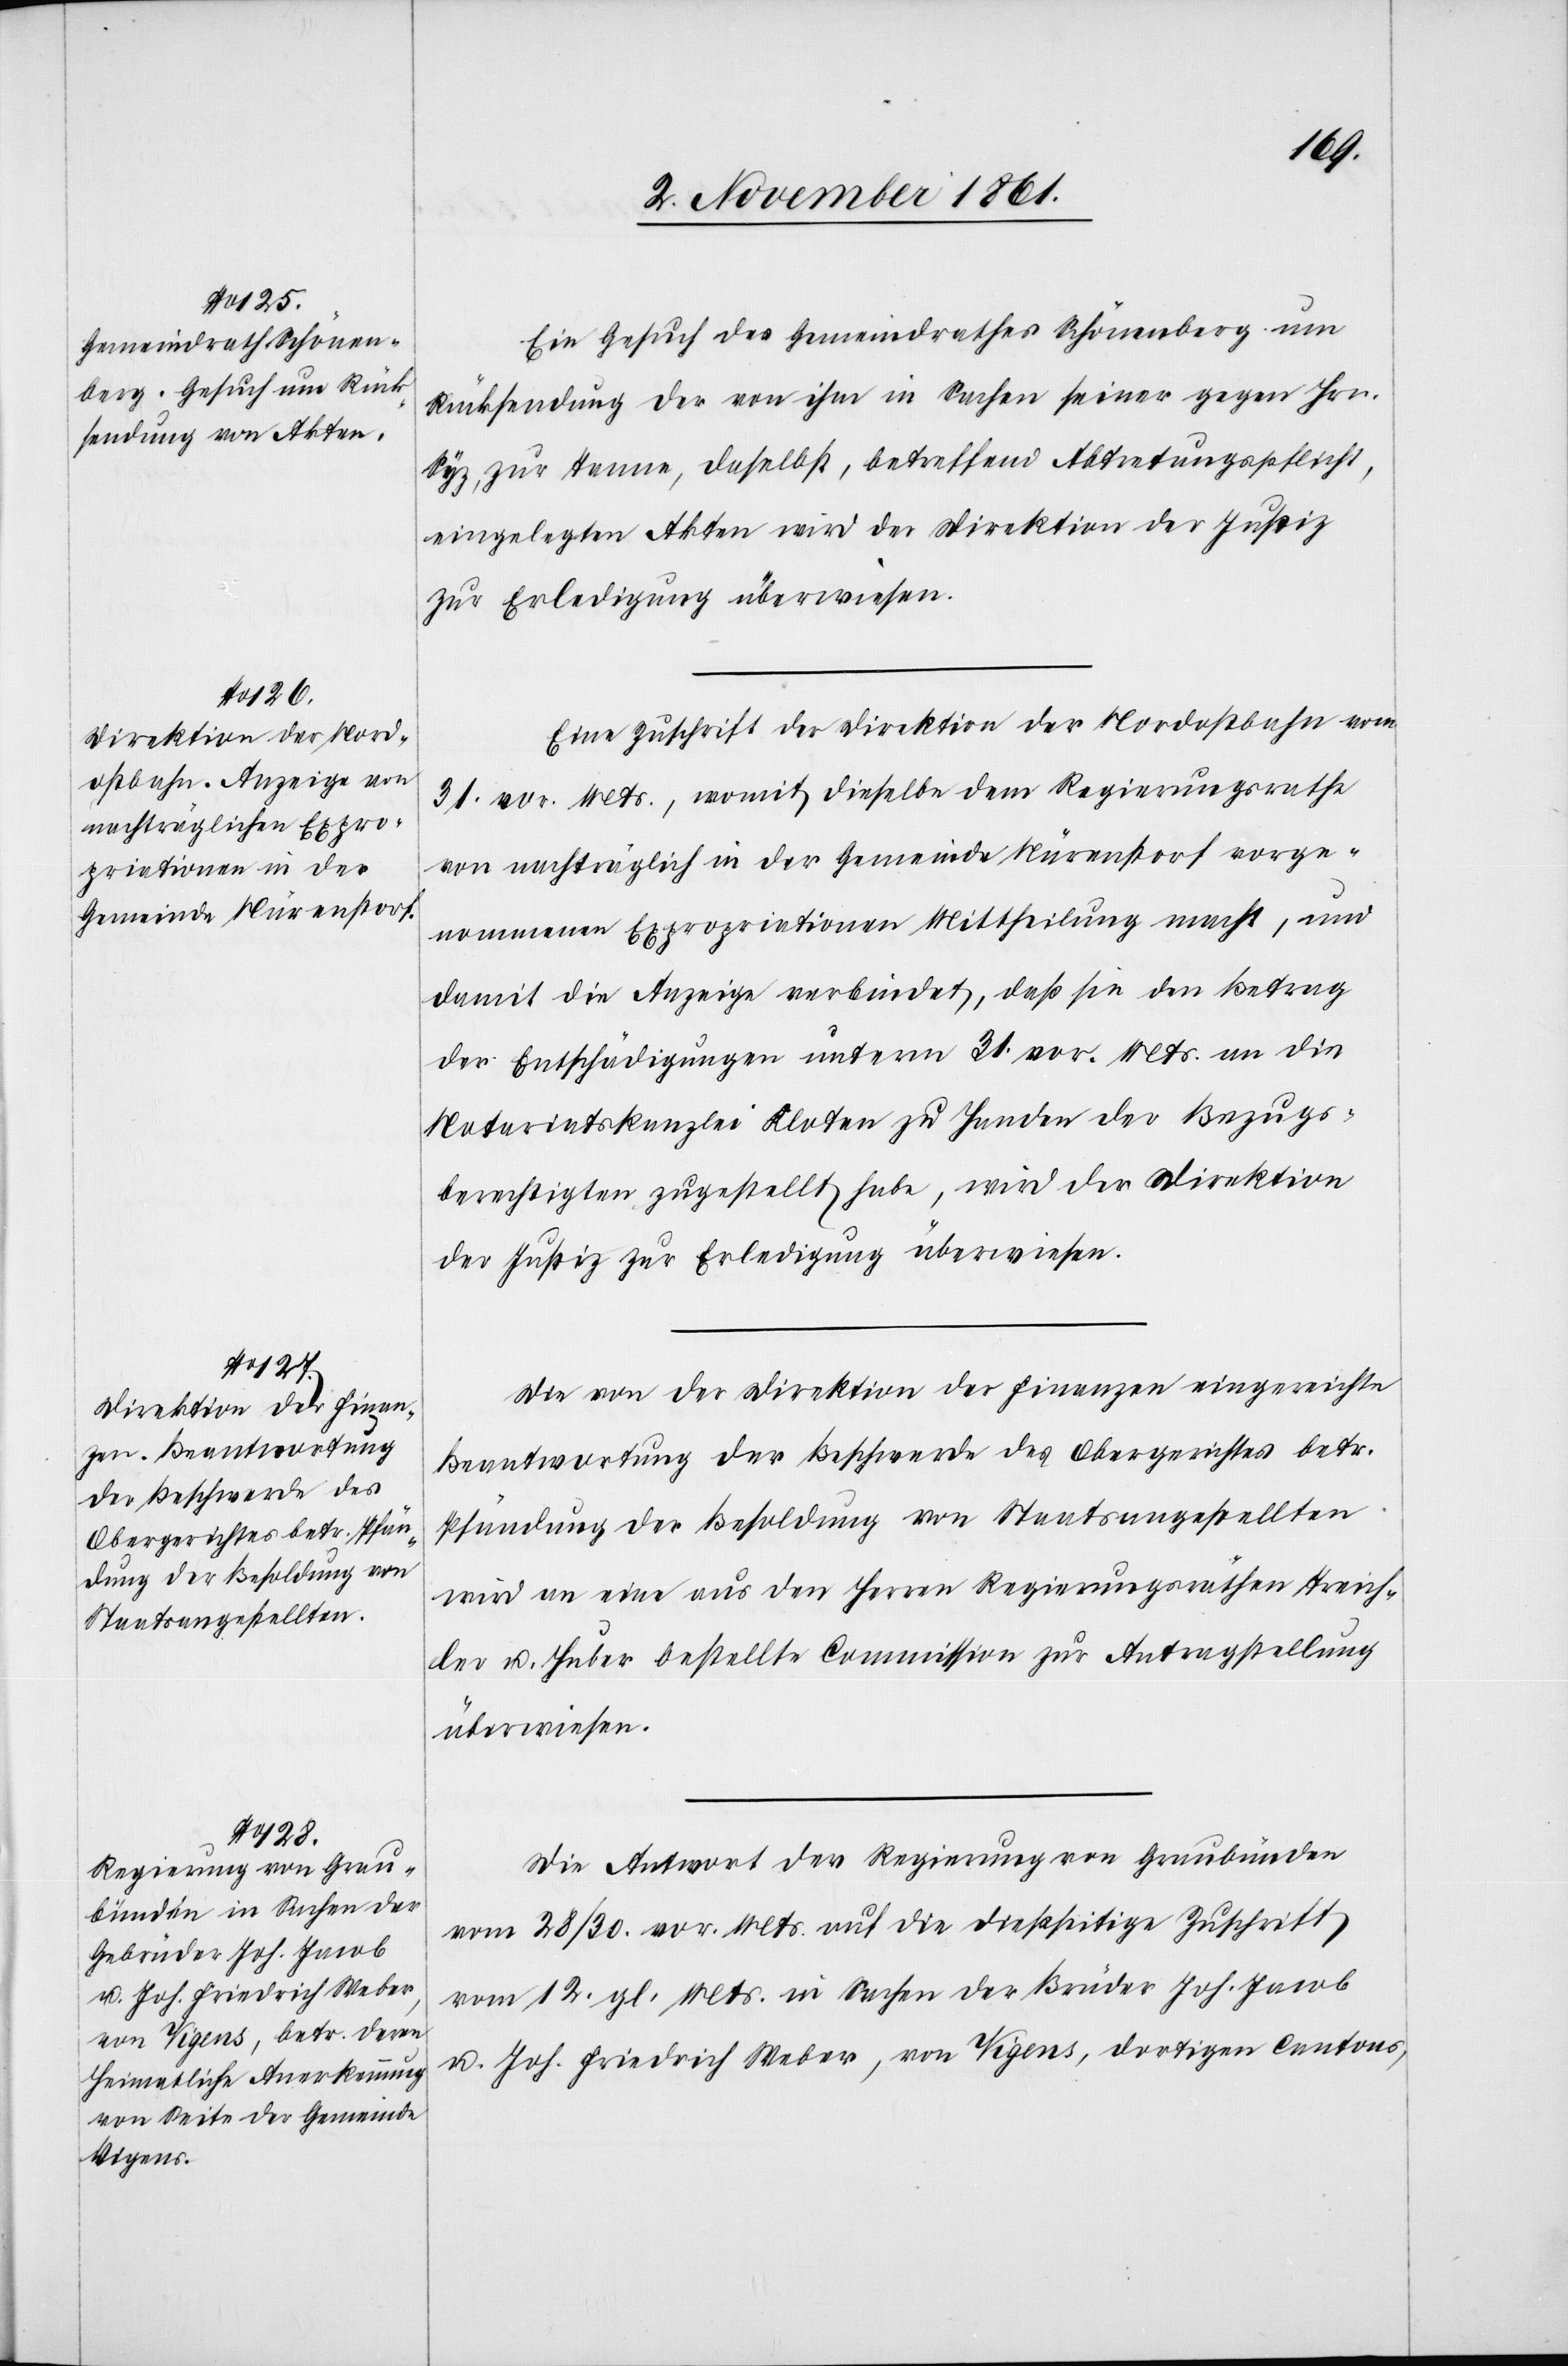
Ein Gesuch des Gemeindrathes Schönenberg um
Rücksendung der von ihm in Sachen seiner gegen Hrn.
Ryf, zur Tanne, daselbst, betreffend Abtretungspflicht,
eingelegten Akten wird der Direktion der Justiz
zur Erledigung überwiesen.
Eine Zuschrift der Direktion der Nordostbahn vom
31 vor. Mts., womit dieselbe dem Regierungsrathe
von nachträglich in der Gemeinde Nürenstorf vorge¬
nommenen Expropriationen Mittheilung macht, und
damit die Anzeige verbindet, daß sie den Betrag
der Entschädigungen unterm 31 vor. Mts. an die
Notariatskanzlei Kloten zu Handen der Bezugs¬
berechtigten zugestellt habe, wird der Direktion
der Justiz zur Erledigung überwiesen.
Die von der Direktion der Finanzen eingereichte
Beantwortung der Beschwerde des Obergerichtes betr.
Pfändung der Besoldung von Staatsangestellten
wird an eine aus den Herrn Regierungsräthen Treich¬
ler u. Huber bestellte Commission zur Antragstellung
überwiesen.
Die Antwort der Regierung von Graubünden
vom 28 / 30 vor. Mts. auf die dießseitige Zuschrift
vom 12 gl. Mts. in Sachen der Brüder Joh. Jacob
u. Joh. Friedrich Weber, von Vigens, dortigen Cantons,